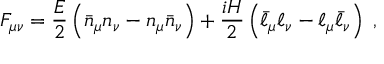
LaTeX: F _ { \mu \nu } = \frac { { \cal E } } { 2 } \left( \bar { n } _ { \mu } n _ { \nu } - n _ { \mu } \bar { n } _ { \nu } \right) + \frac { i { \cal H } } { 2 } \left( \bar { \ell } _ { \mu } \ell _ { \nu } - \ell _ { \mu } \bar { \ell } _ { \nu } \right) \; ,